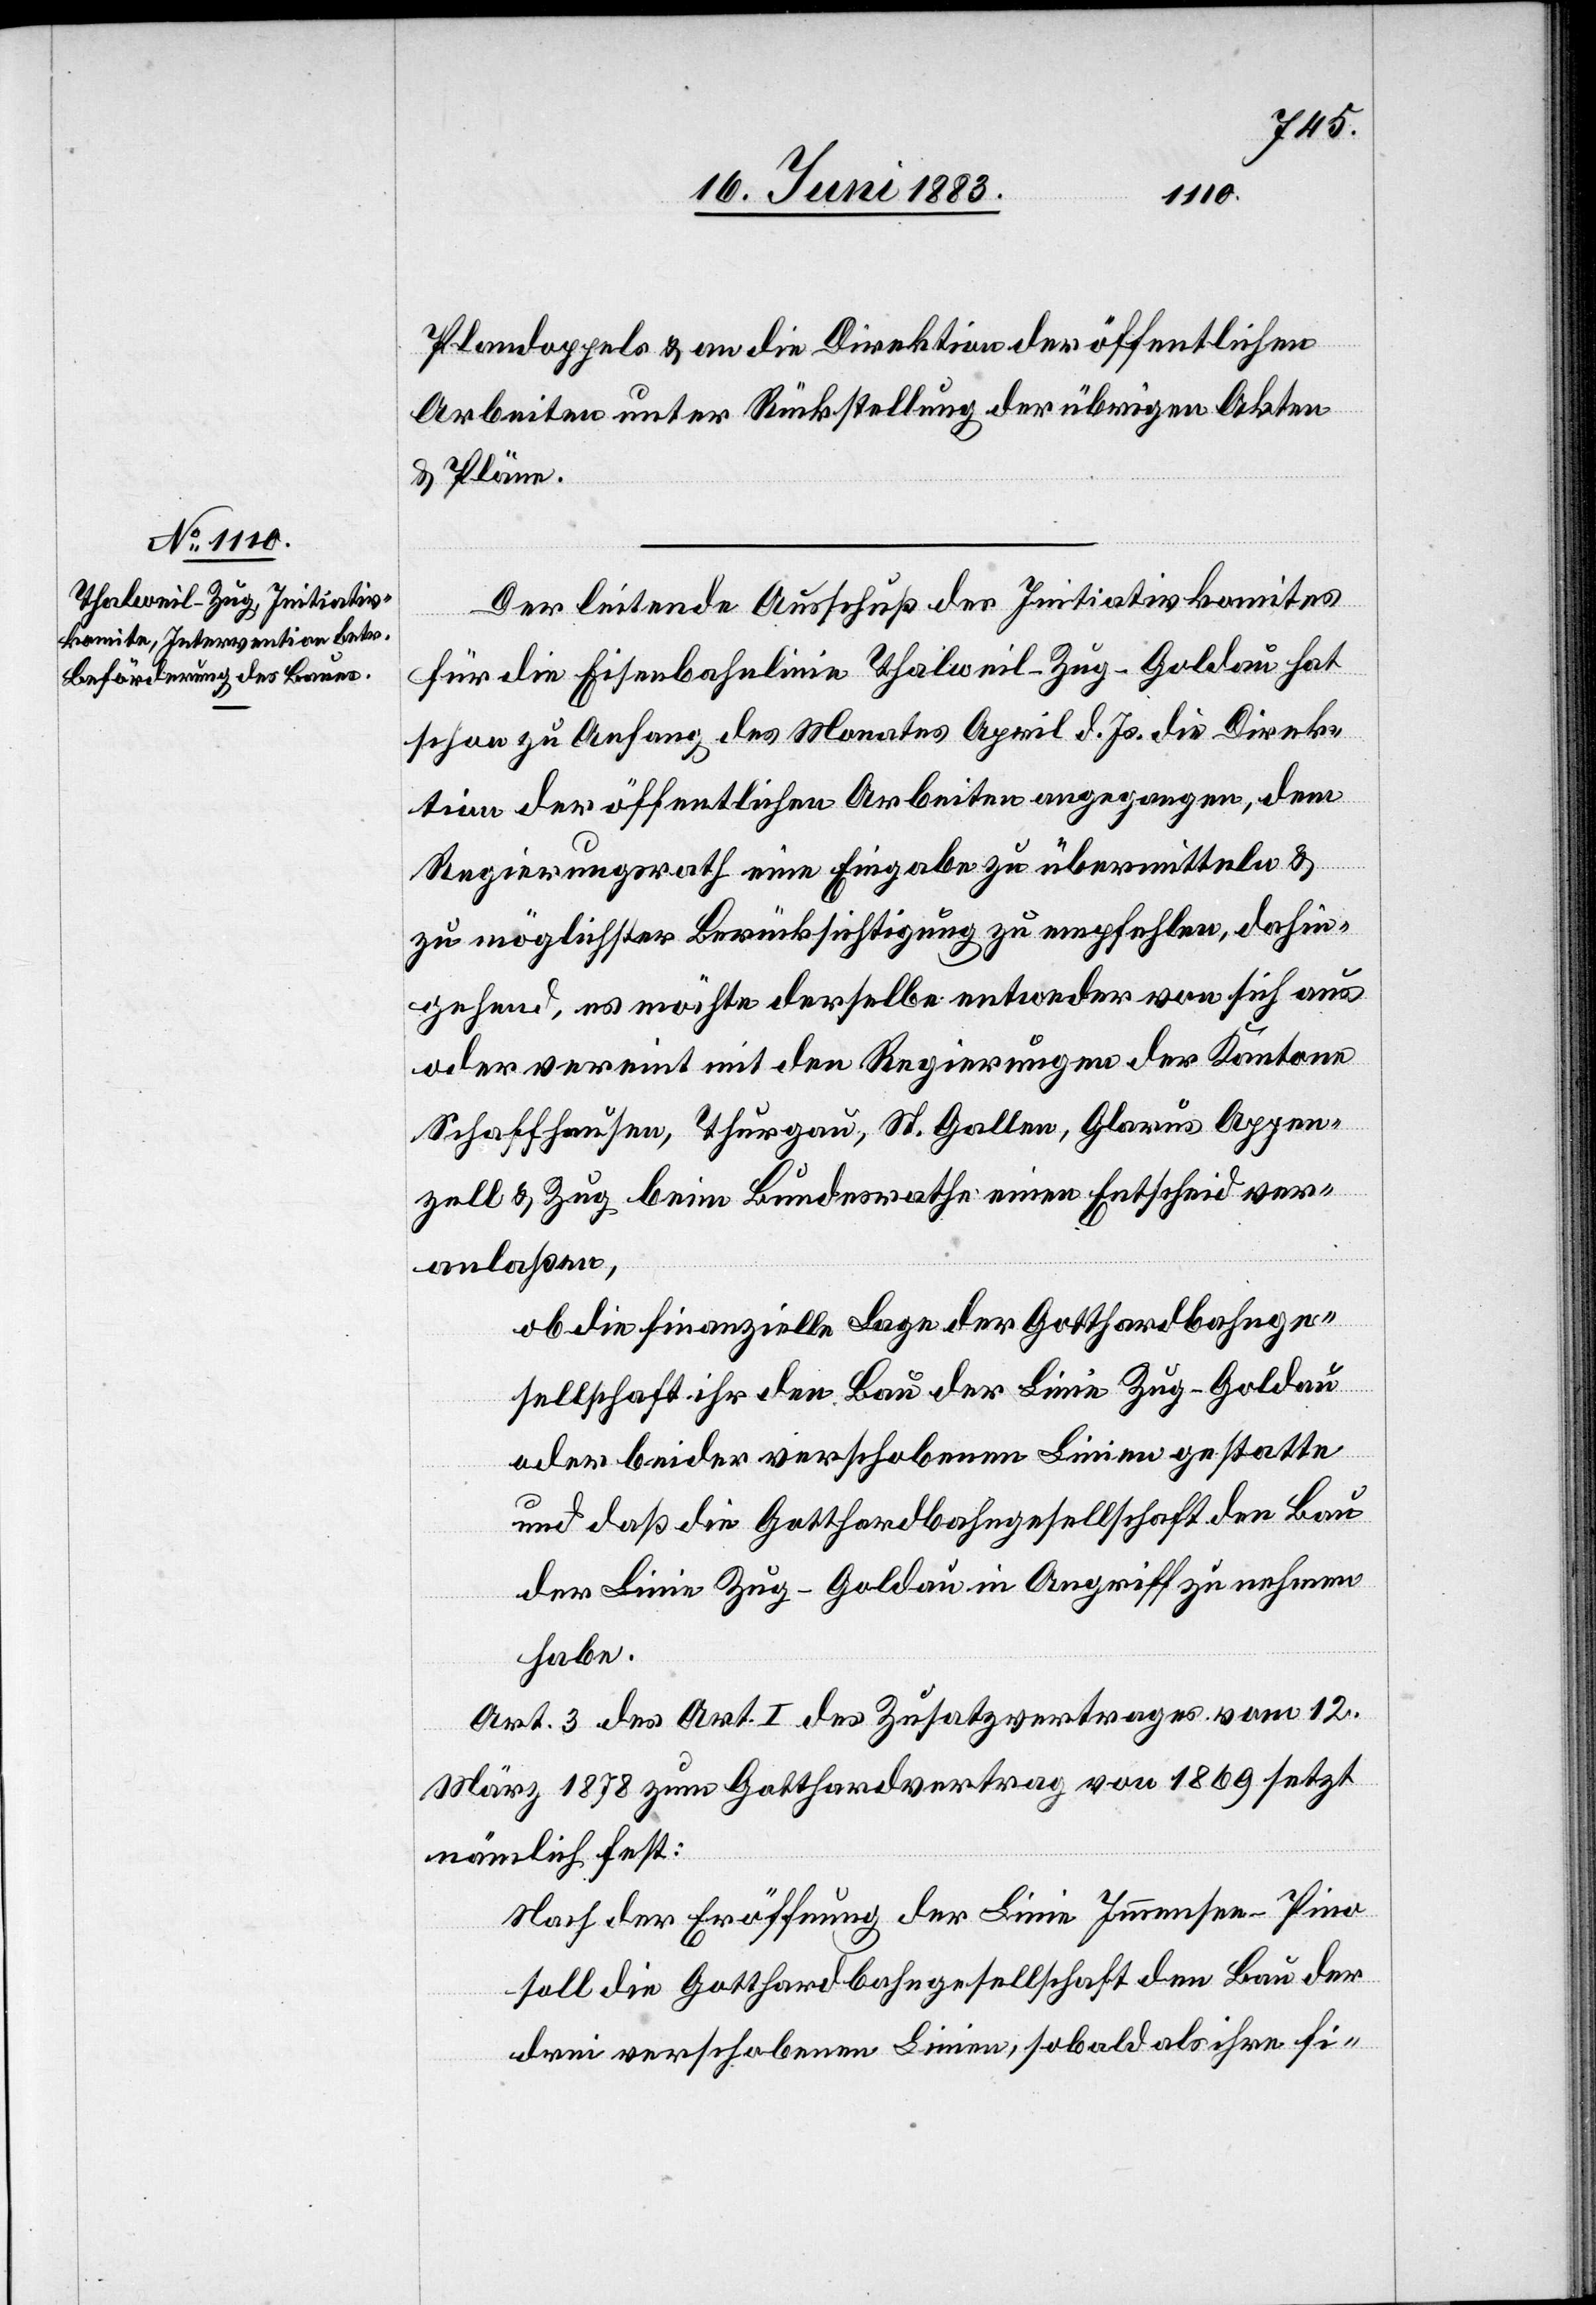
Plandoppels & an die Direktion der öffentlichen
Arbeiten unter Rückstellung der übrigen Akten
& Pläne.
Der leitende Ausschuß des Initiativkomites
für die Eisenbahnlinie Thalweil–Zug–Goldau hat
schon zu Anfang des Monates April d. Js. die Direk¬
tion der öffentlichen Arbeiten angegangen, dem
Regierungsrath eine Eingabe zu übermitteln &
zu möglichster Berücksichtigung zu empfehlen, dahin¬
gehend, es möchte derselbe entweder von sich aus
oder vereint mit den Regierungen der Kantone
Schaffhausen, Thurgau, St. Gallen, Glarus Appen¬
zell & Zug beim Bundesrathe einen Entscheid ver¬
anlaßen,
ob die finanzielle Lage der Gotthardbahnge¬
sellschaft ihr den Bau der Linie Zug–Goldau
oder beider verschobenen Linien gestatte
und daß die Gotthardbahngesellschaft den Bau
der Linie Zug–Goldau in Angriff zu nehmen
habe.
Art. 3 des Art. I des Zusatzvertrages vom 12.
März 1878 zum Gotthardvertrag von 1869 setzt
nämlich fest:
Nach der Eröffnung der Linie Immensee–Pino
soll die Gotthardbahngesellschaft den Bau der
drei verschobenen Linien, sobald als ihre fi-